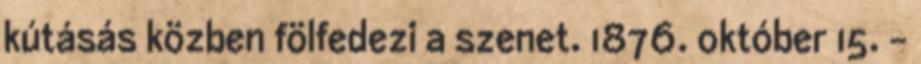
kútásás közben fölfedezi a szenet. 1876. október 15. –